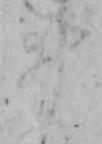
ヰ